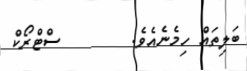
ބަލިތައް ހިމެނެއެވެ.        ސްޓްރޯކް